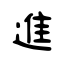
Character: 進